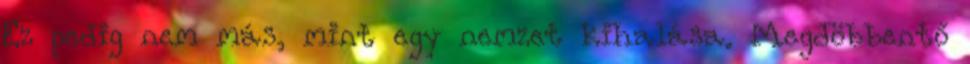
Ez pedig nem más, mint egy nemzet kihalása. Megdöbbentő